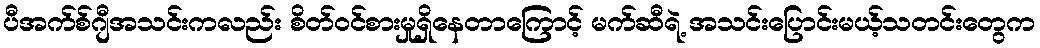
ပီအက်စ်ဂျီအသင်းကလည်း စိတ်ဝင်စားမှုရှိနေတာကြောင့် မက်ဆီရဲ့ အသင်းပြောင်းမယ့်သတင်းတွေက